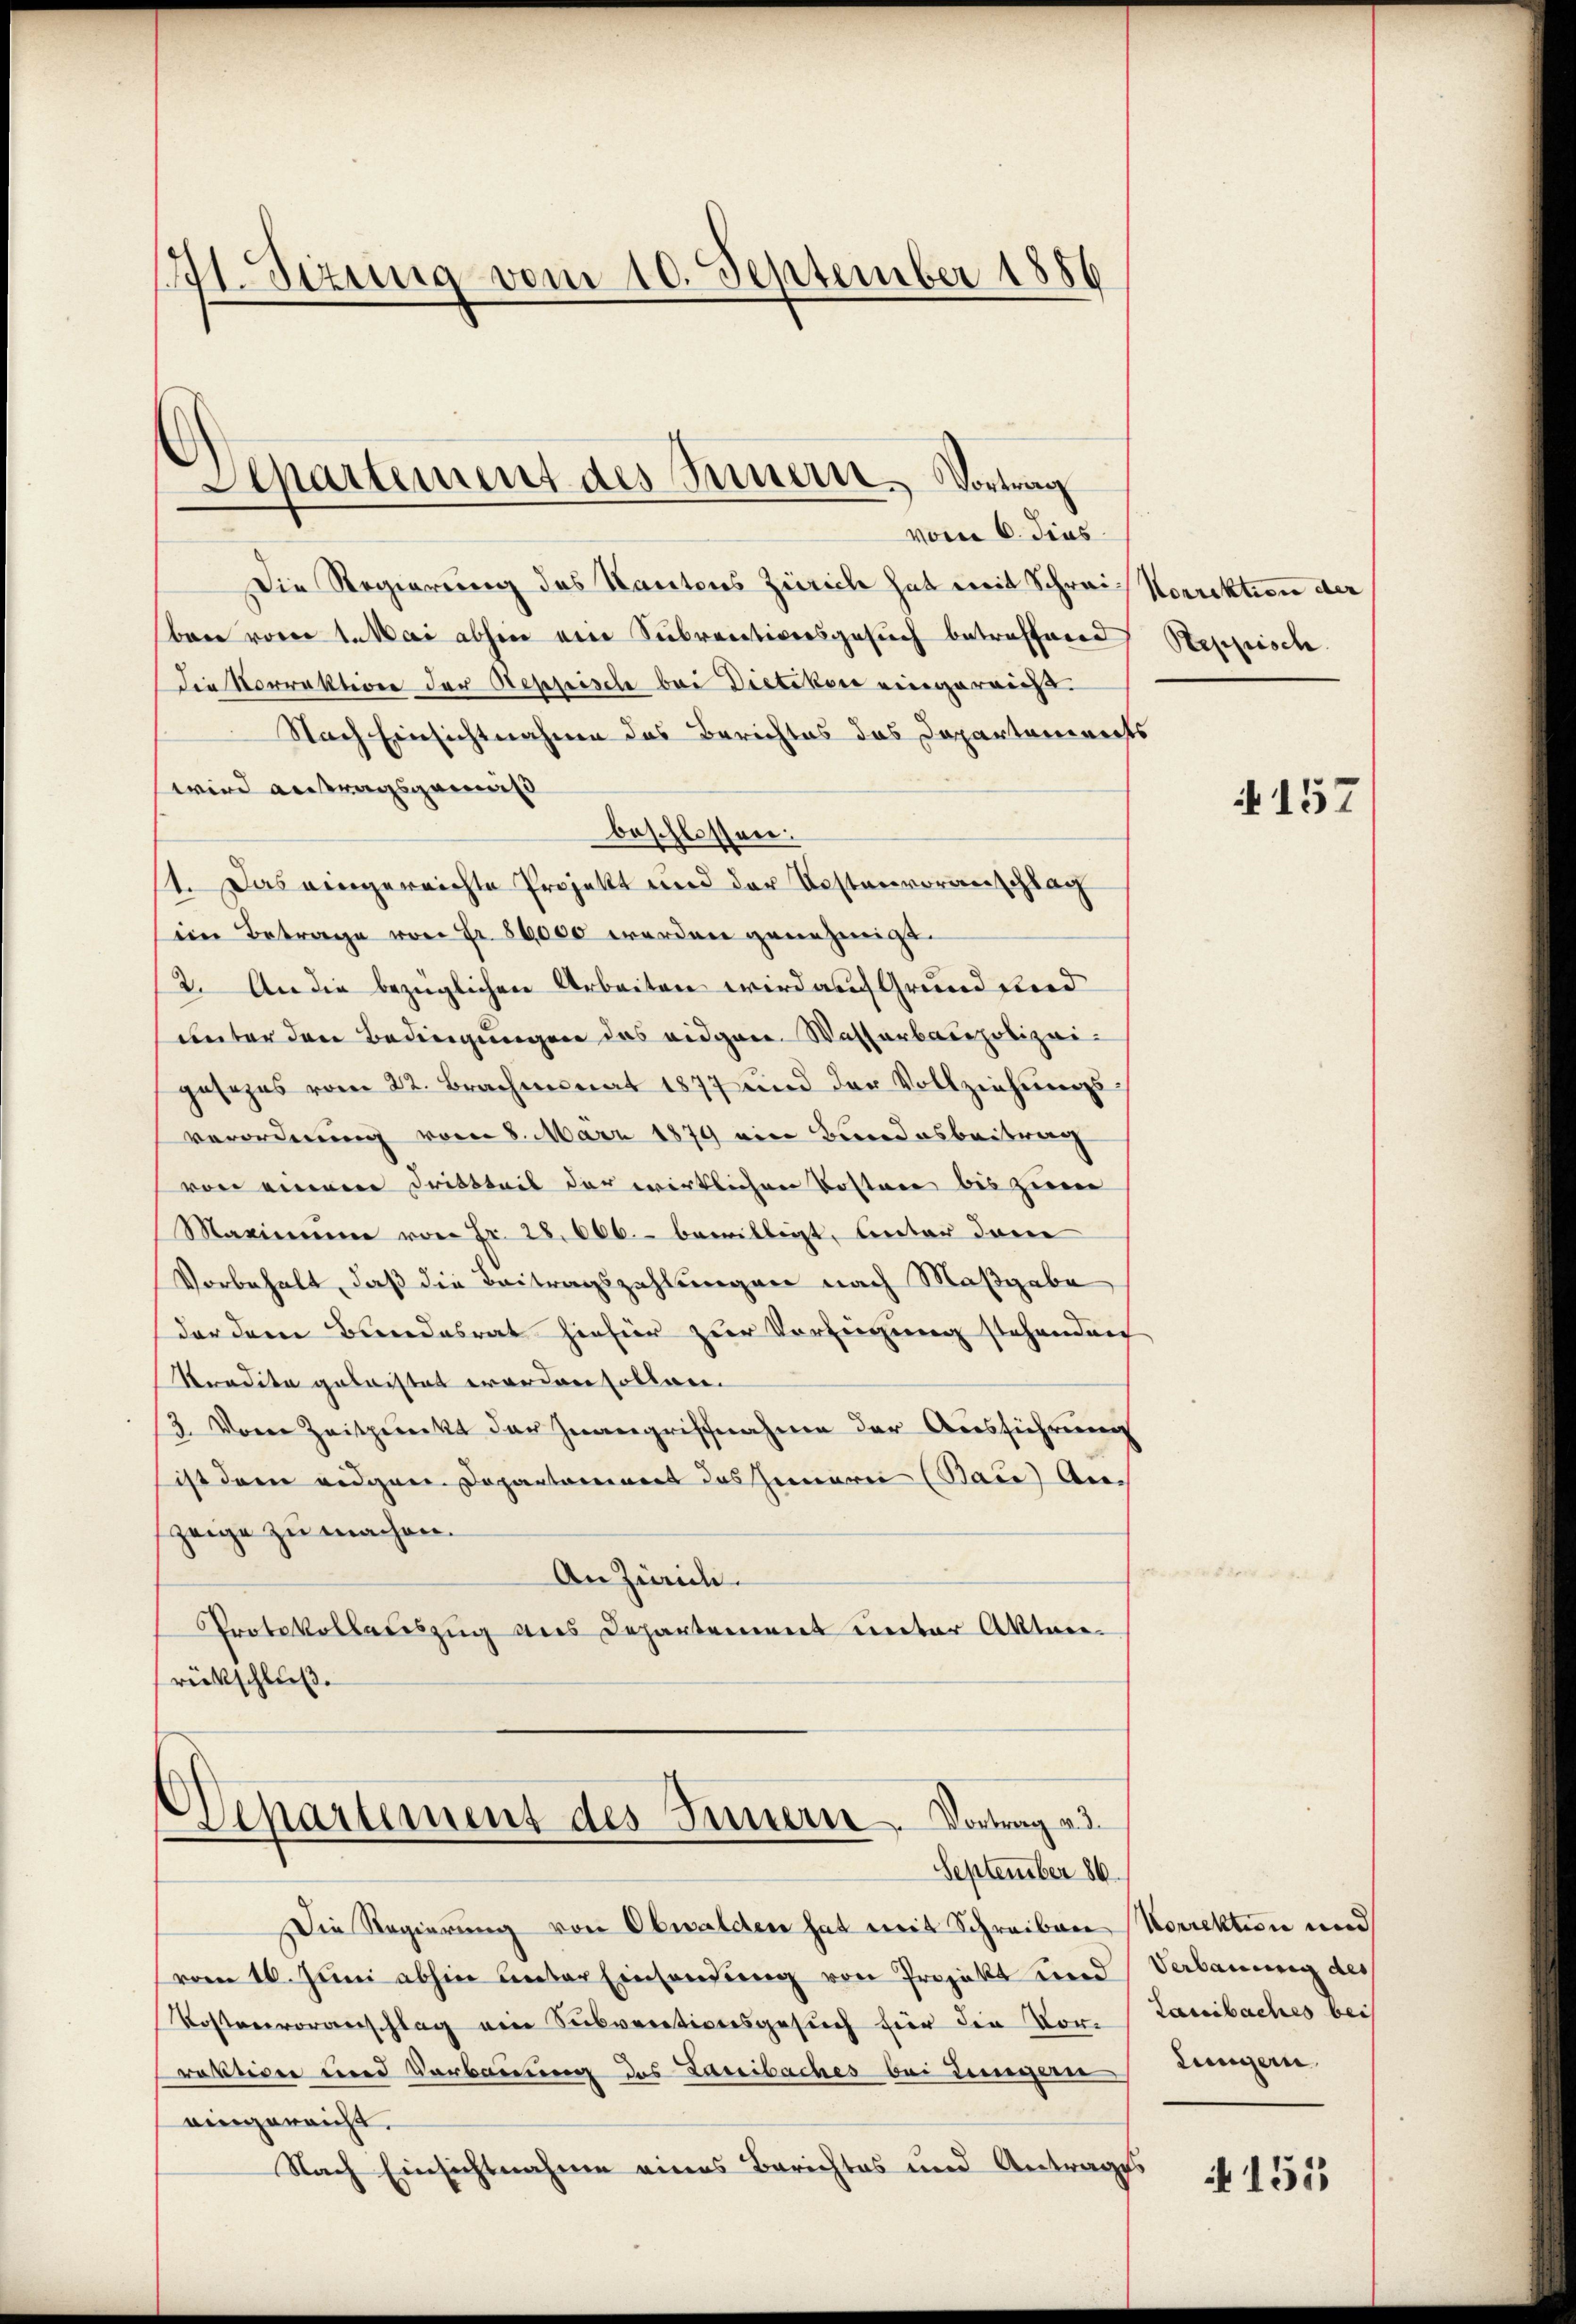
21. Sizung vom 10. September 1886

Departement des Innern. Vortrag

vom 6. dies
Die Regierung des Kantons Zürich hat mit Schrei Korrektion der
ben vom 1. Mai abhin eine Subventiversgesuch betreffend
Die Vorrektion der Reppische bei Dietikon eingereicht
Nach Einsichtnahme das Berichtes das Departements
wird antragsgemäß
beschlossen:
1. Das eingereichte Projekt und der Kostenvoranschlag
ein Betrage von Fr. 86000 werden genehmigt.
2. An die bezüglichen Arbeiten wird auf Grund und
unter den Bedingungen das eidgen. Wasserbaupolizeigesezes vom 22. Brachmonat 1877 und der Vollziehungsverordnung vom 8. März 1879 ein Bundesbeitrag
von einenere Dritteil der wirklichen Kosten bis zum
Marinne von Fr. 28,000.- bewilligt. Unter dane
Vorbehalt, daß die Beitragszahlungen nach Maßgabe
der dem Bundesrat hiefür zur Verfügung stehenden
Tradita geleistet worden sollen.
3. Vorer Zeitpunkt der Zwangriffnahme der Ausführung
ist dem eidgen. Departamines das heinarii (Bace) An-
zeige zu machen.
An Zürich
Protokollauszug aus Departement unter Akten.
rückschluß.

Departement des Innern Vortrag v. 3.
September 86.

Die Regierung von Obwalden hat mit Schreiben Korrektion und
vom 16. Juni abhin unter Einsendŭng von Projekt und Verbauung des
Kostenvoranschlag ein Subventionsgesŭch für die Vor-
raktiven und Verbauung des Laibaches bei Dingene
eingereicht.
Nach Einsichtnahme eines Berichtes und Antrages

Reppisch

N 157

Laibaches bei
Lungern

i 153